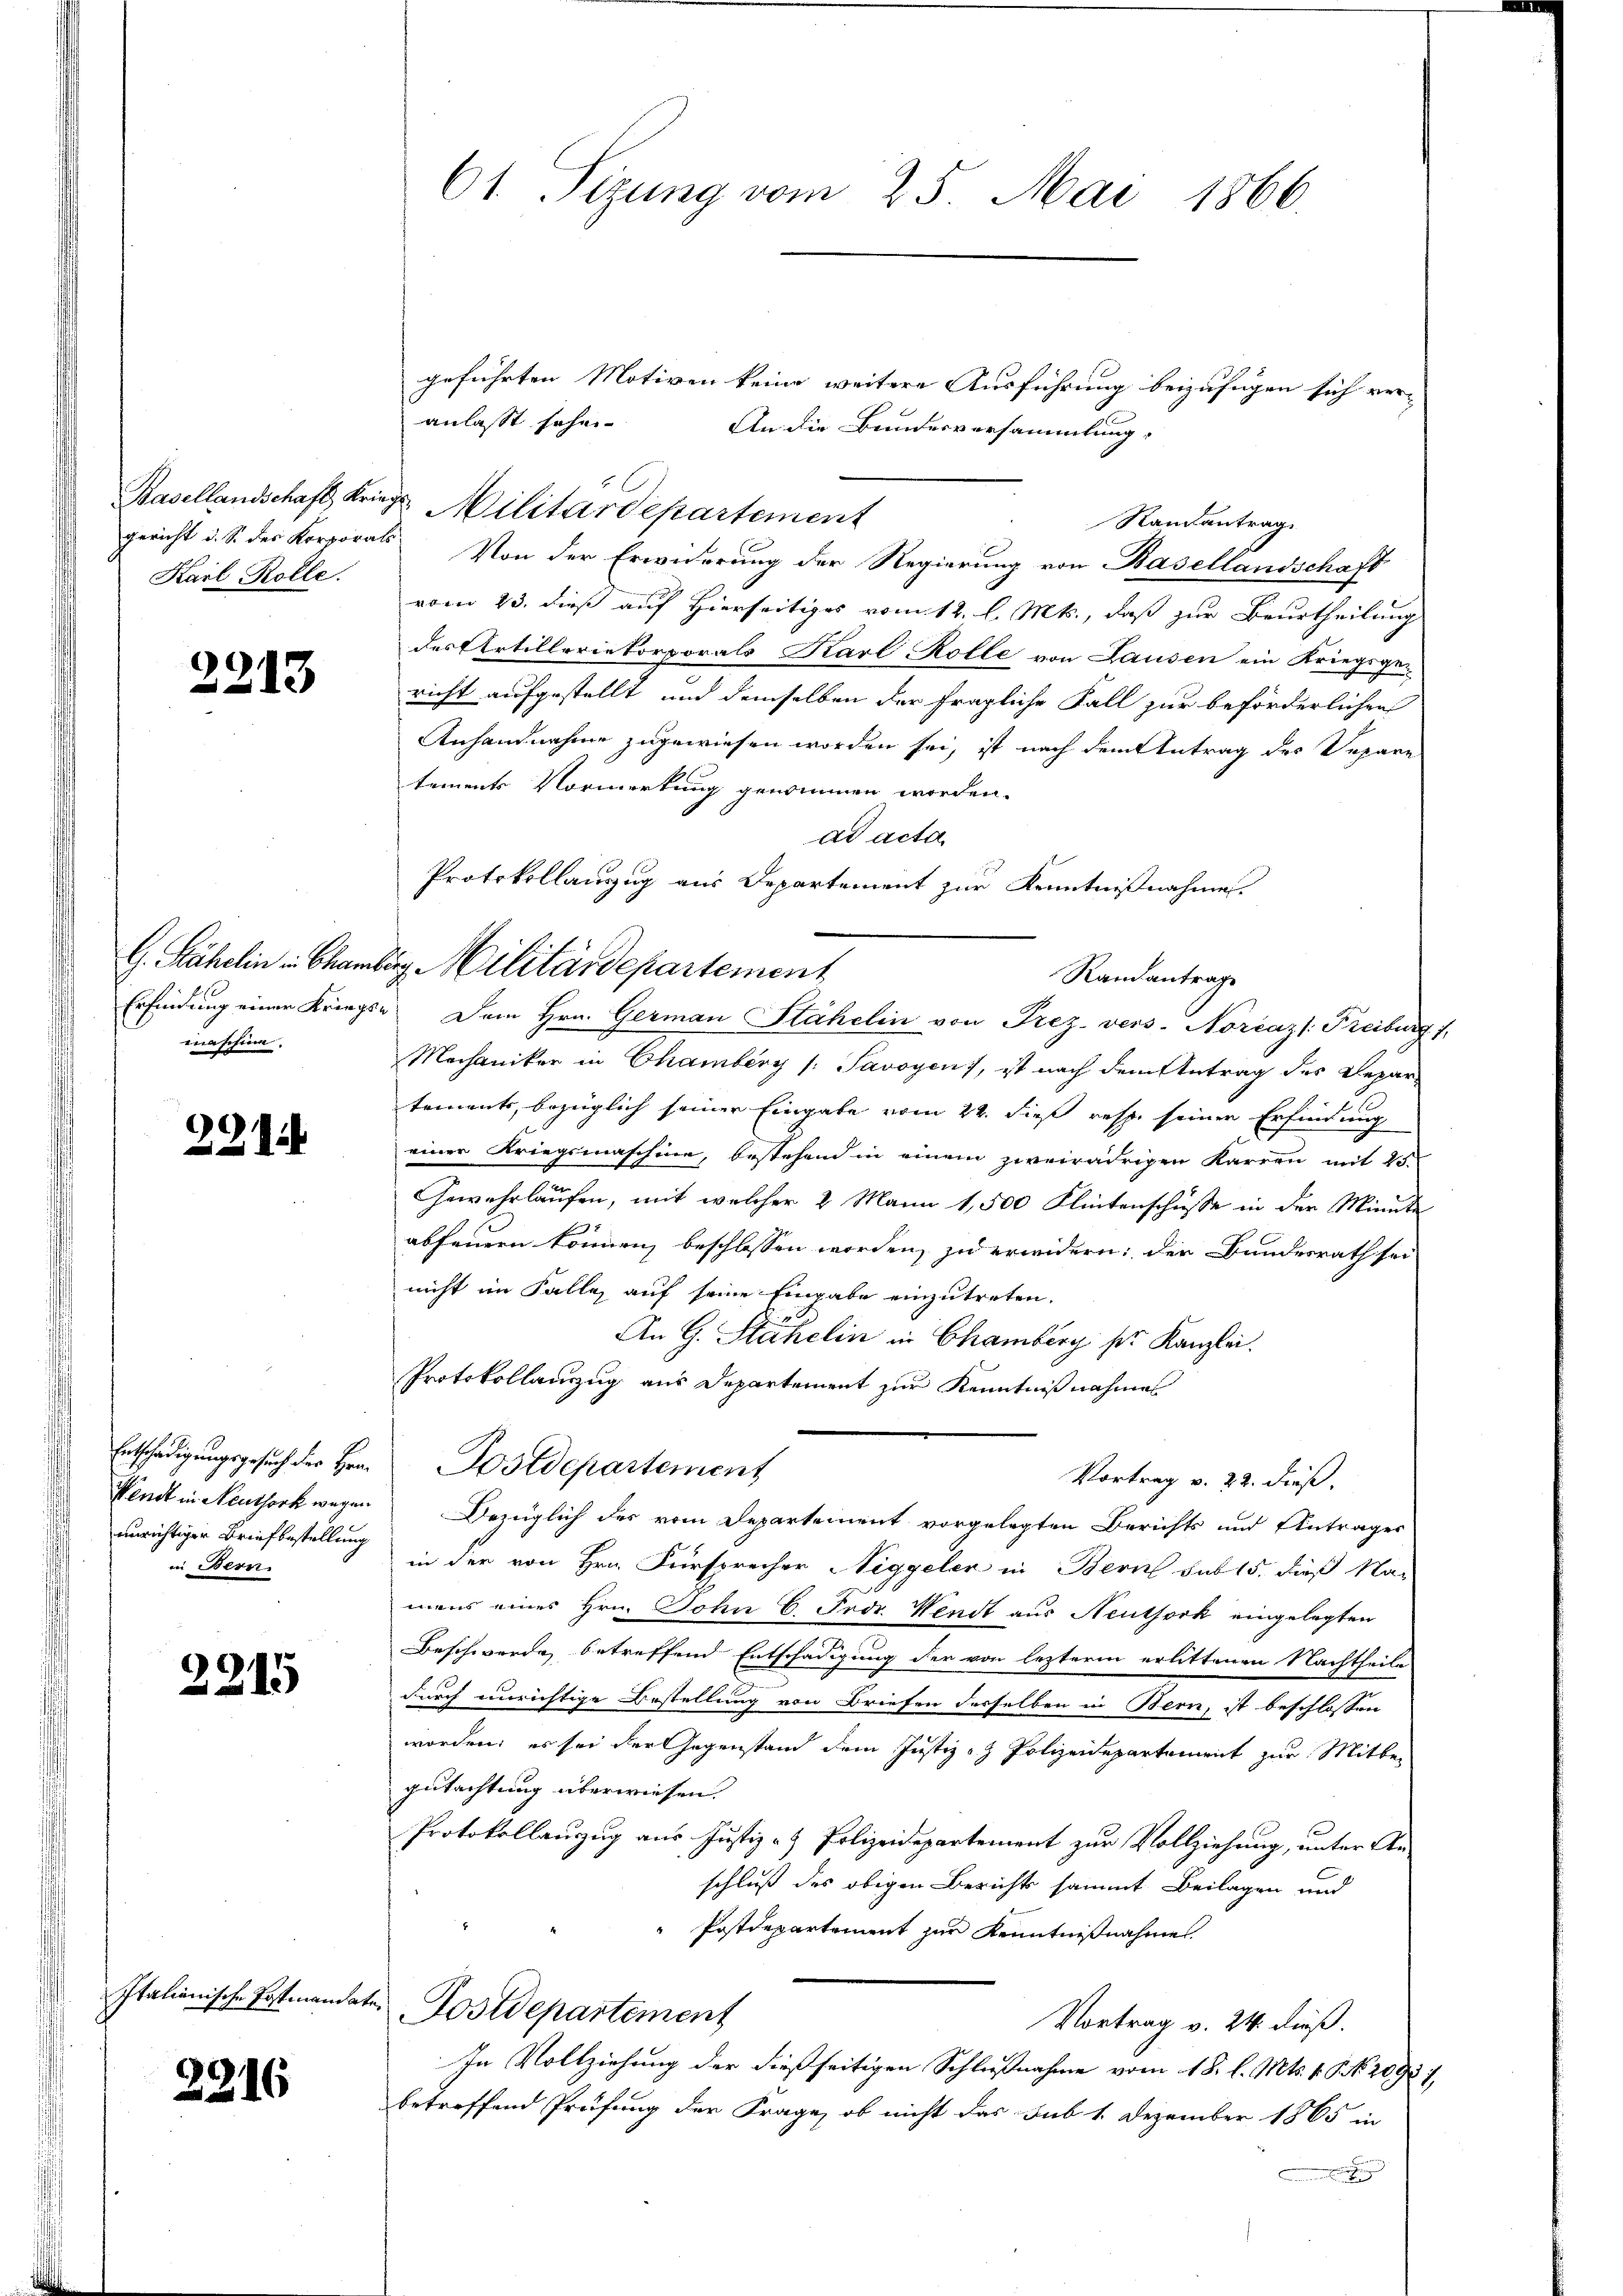
Karl Rolle.

2213

maschine.

229

unrichtiger Briefbestellung
in Bern.

2215

Italianische Postmandate

2216

61 Sizung vom 25. Mai 1866.

geführten Motiven keine weitere Ausführung beizufügen sich ver-
anlasst sehen
An die Bundesversammlung,
Basellandschaft Kriegs Militärdepartement
gericht d. S. des Korporats Von der Erwiderung der Regierung von Basellandschaft
vom 23. dieß auf Hierseitiges vom 12. l. Mts., daß zur Beurtheilung
des Artilleriekorporals Karl Rolle von Lausen ein Kriegsge-
richt aufgestellt und demselben der fragliche Fall zur beförderlichen
Anhandnahme zugewiesen worden sei, ist nach dem Antrag des Depare
tements Vormerkung genommen worden.
ad acta
Mechaniker in Chamberg (: Savoyens, ist nach dem Antrag des Depar
tements, bezüglich seiner Eingabe vom 24. dieß resp. seiner Erfindung
einer Kriegsmaschine, bestehend in einem zweirädrigen Karren mit 25.
Gewehrlaufen, mit welcher 2 Mann 1,500 Klintenschüsse in der Minute
abfeuern können, beschlossen worden, zu erwidern: der Bundesrath sei
nicht im Falle auf seine Eingabe einzutreten,
An G. Stähelin in Chamberg sr. Kanzlei.
Protokollanzug aus Departement zur Kenntniß nahmes
Entschädigŭngsgesuch der Hrn. Postdepartement
Vortrag v. 22. dieß.
Wendt in Neuthork wegen Bezüglich des vom Departement vorgelegten Berichts und Antrages
in der von Hrn. Fürsprecher Niggeler in Bern sub 15. dieß Na-
mans eines Hrn. John C. Frdr. Wendt aus Neutjock eingelegten
Beschwerde betreffend Entschädigung der von lezterm erlittenen Nachtheile
durch einrichtige Bestellung von Briefen desselben in Bern, ist beschlossen
worden; es sei der Gegenstand dem Justiz- & Polizeidepartement zur Mitber
gutachtung überwiesen.
Protokollauzug aus Justiz- & Polizeidepartement zur Vollziehung, unter Anschluß des obigen Berichts sammt Beilagen und
 Postdepartement zur Kenntnißnahme.
Postdepartement
Vortrag v. 24. dieß.
In Vollziehung der dießseitigen Schlußnahme vom 18. l. Mts. 1. P. Nr. 2092 7,
betreffend Prüfung der Frage, ob nicht das sub 1. Dezember 1865 in

Protokollauszug aus Departement zur Kenntnißnahme.
G. Bähelin in Chamburg Militärdepartement
Randantrage
Erfindung einer Kriegs- Dem Hrn. German Stähelin von Prez-vers-Norčazs: Freiburg,

Randantrag.